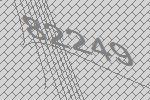
82249